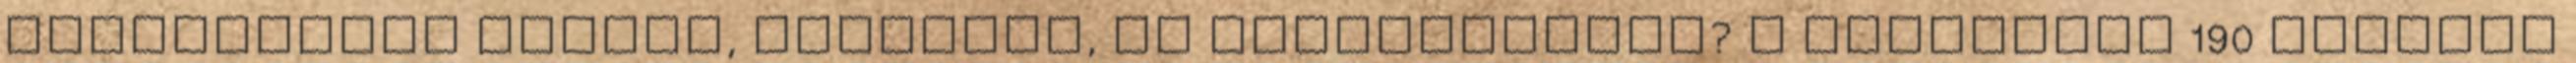
gondtalanok voltak, szabadok, és egészségesek? A mindössze 190 oldalas